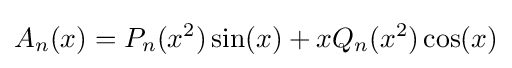
A_{n}(x)=P_{n}(x^{2})\sin(x)+xQ_{n}(x^{2})\cos(x)